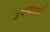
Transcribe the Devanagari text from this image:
उमय्यदकी